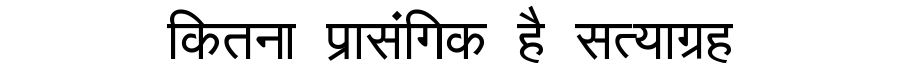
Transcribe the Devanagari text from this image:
कितना प्रासंगिक है सत्याग्रह